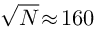
\sqrt { N } \! \approx \! 1 6 0